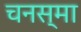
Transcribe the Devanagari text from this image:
चनस्मा